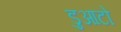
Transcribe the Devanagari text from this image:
डुआटो